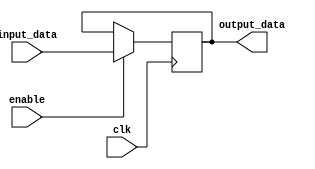
module simple_bypass_reg (
    input wire clk,
    input wire enable,
    input wire [DATA_WIDTH-1:0] input_data,
    output reg [DATA_WIDTH-1:0] output_data
);

parameter DATA_WIDTH = 8; // Width of data bus

always @(posedge clk) begin
    if(enable) begin
        output_data <= input_data;
    end
end

endmodule